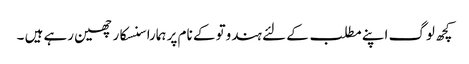
کچھ لوگ اپنے مطلب کے لئے ہندوتو کے نام پر ہمارا سنسکار چھین رہے ہیں ۔